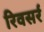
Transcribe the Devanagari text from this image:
रिवसर्र